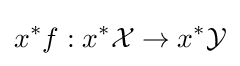
x^{*}f:x^{*}{\mathcal {X}}\to x^{*}{\mathcal {Y}}